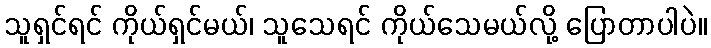
သူရှင်ရင် ကိုယ်ရှင်မယ်၊ သူသေရင် ကိုယ်သေမယ်လို့ ပြောတာပါပဲ။